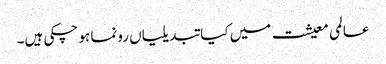
عالمی معیشت میں کیا تبدیلیاں رونما ہو چکی ہیں۔